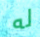
له